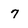
Character: 7